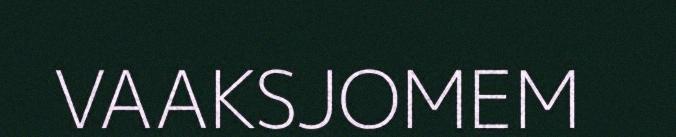
VAAKSJOMEM